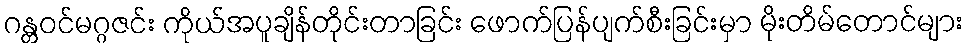
ဂန္တဝင်မဂ္ဂဇင်း ကိုယ်အပူချိန်တိုင်းတာခြင်း ဖောက်ပြန်ပျက်စီးခြင်းမှာ မိုးတိမ်တောင်များ